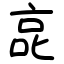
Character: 㖜